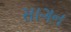
સાગન